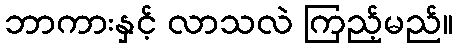
ဘာကားနှင့် လာသလဲ ကြည့်မည်။